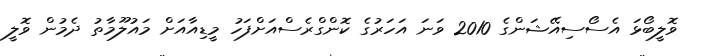
ވޮލީބޯޅަ އެސޯސިއޭޝަންގެ 2010 ވަނަ އަހަރުގެ ކޮންގްރެސްއަށްފަހު މީޑިއާއަށް މައުލޫމާތު ދެމުން ވޮލީ